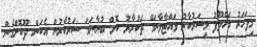
މިފަހަރު މަޚްލޫފު މިސަރުކާރު ވައްޓާލާނަމޭ ތަކުރާރު ކޮށް ބުނާނަމަ ސަރުކާރުން އެކަން ދޫކޮށްގެން